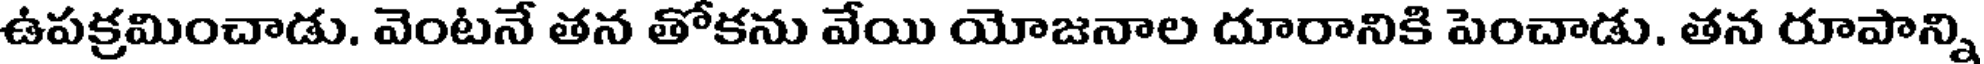
ఉపక్రమించాడు. వెంటనే తన తోకను వేయి యోజనాల దూరానికి పెంచాడు. తన రూపాన్ని